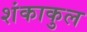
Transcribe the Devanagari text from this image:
शंकाकुल